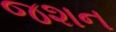
જશન